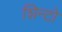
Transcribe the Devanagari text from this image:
शिन्टो